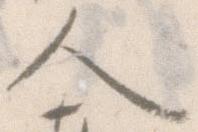
人